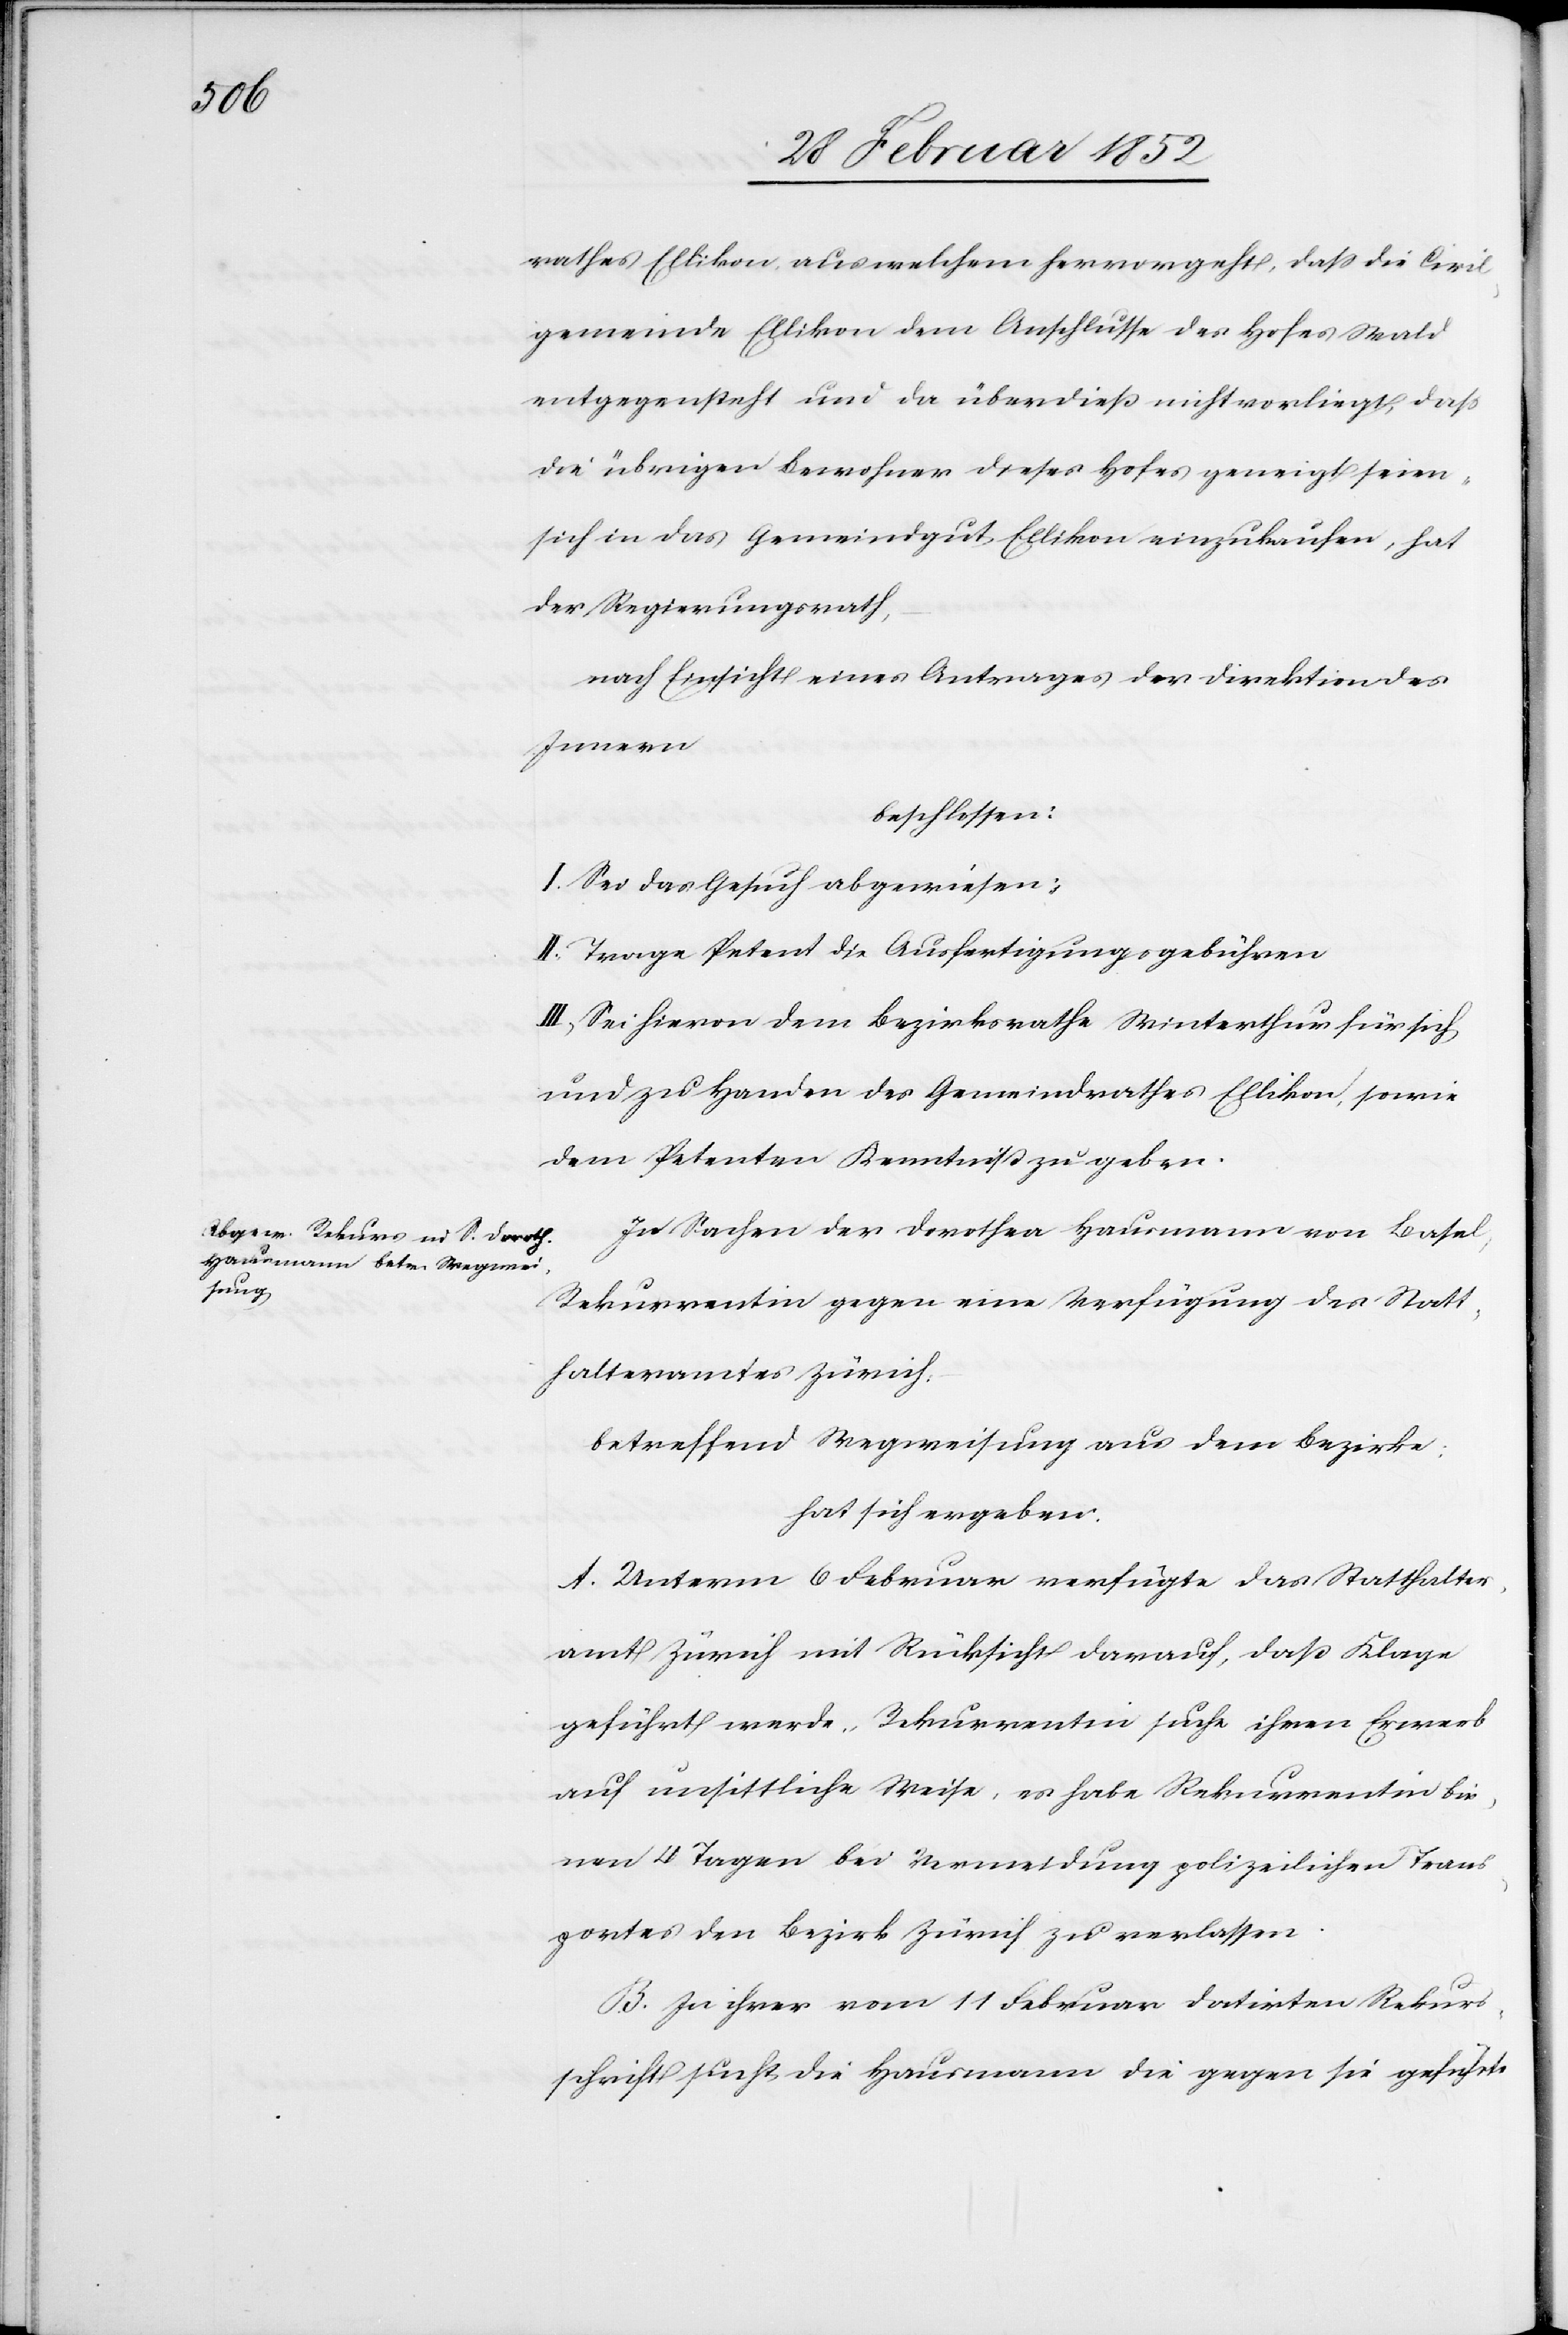
rathes Ellikon, aus welchem hervorgeht, daß die Civil¬
gemeinde Ellikon dem Anschlusse des Hofes Wald
entgegensteht und da überdieß nicht vorliegt, daß
die übrigen Bewohner dieses Hofes geneigt seien,
sich in das Gemeindgut Ellikon einzukaufen, hat
der Regierungsrath,
nach Einsicht eines Antrages der Direktion des
Innern
beschlossen:
I. Sei das Gesuch abgewiesen.
II. Trage Petent die Ausfertigungsgebühren.
III. Sei hievon dem Bezirksrathe Winterthur für sich
und zu Handen des Gemeindrathes Ellikon, sowie
dem Petenten Kenntniß zu geben.
In Sachen der Dorothea Hausmann von Basel,
Rekurrentin gegen eine Verfügung des Statt¬
halteramtes Zürich,
betreffend Wegweisung aus dem Bezirke:
hat sich ergeben.
A. Unterm 6 Februar verfügte das Statthalter¬
amt Zürich mit Rücksicht darauf, daß Klage
geführt werde, Rekurrentin suche ihren Erwerb
auf unsittliche Weise, es habe Rekurrentin bin¬
nen 4 Tagen bei Vermeidung polizeilichen Trans¬
portes den Bezirk Zürich zu verlassen.
B. In ihrer vom 11 Februar datirten Rekurs¬
schrift sucht die Hausmann die gegen sie geführte